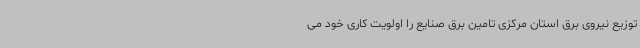
توزیع نیروی برق استان مرکزی تامین برق صنایع را اولویت کاری خود می